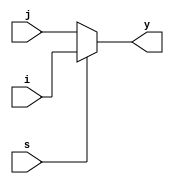
`timescale 1ns / 1ps
//////////////////////////////////////////////////////////////////////////////////
// Company: 
// Engineer: 
// 
// Design Name: 
// Module Name: mux
// Project Name: 
// Target Devices: 
// Tool Versions: 
// Description: 
// 
// Dependencies: 
// 
// Revision:
// Revision 0.01 - File Created
// Additional Comments:
// 
//////////////////////////////////////////////////////////////////////////////////


module mux(y,s,i,j);
output y;
input s;
input i,j;
wire y;
assign y=(s)?(i):(j);
endmodule